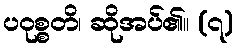
ပဝုစ္စတိ၊ ဆိုအပ်၏။ (၇)